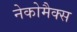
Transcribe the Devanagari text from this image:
नेकोमैक्स